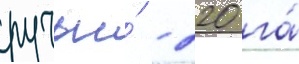
ручьи́ - 220 га́